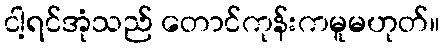
ငါ့ရင်အုံသည် တောင်ကုန်းကမူမဟုတ်။